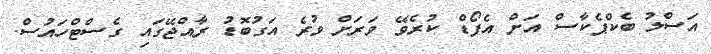
އަސްލު ބެކްޕެކާސް އަށް އެފޯޑް ކުރެވޭ ވަރަށް ވުރެ އަގުބޮޑު ރާއްޖޭގައި ގެސްޓްހައުސް.